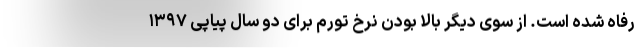
رفاه شده است. از سوی دیگر بالا بودن نرخ تورم برای دو سال پیاپی ۱۳۹۷